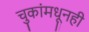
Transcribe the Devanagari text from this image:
चुकांमधूनही